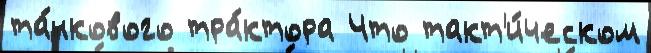
та́нкового тра́ктора Что такт'и́ческом